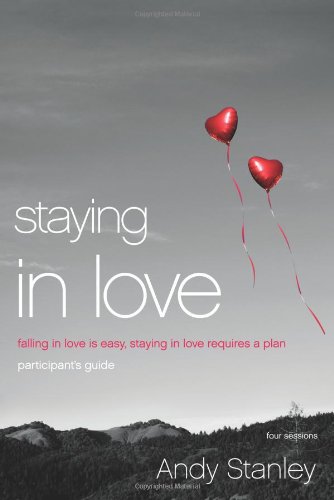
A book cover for Staying in Love Participant's Guide: Falling in Love Is Easy, Staying in Love Requires a Plan; Andy Stanley; Christian Books & Bibles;